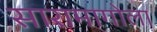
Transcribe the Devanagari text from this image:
सारामागोला